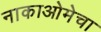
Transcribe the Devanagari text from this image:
नाकाओमेचा